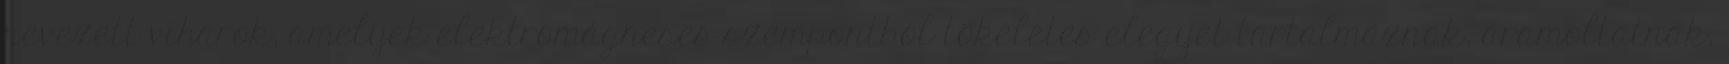
nevezett viharok, amelyek elektromágneses szempontból tökéletes elegyet tartalmaznak, áramoltatnak,